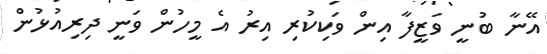
އޭނާ ބުނީ ވަޒީފާ އިން ވަކިކުރި އިރު އެ މީހުން ވަނީ ދިރިއުޅުން